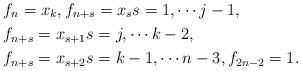
LaTeX: \begin{align*} &\, f_n=x_k,f_{n+s}=x_{s} s=1,\cdots j-1,\\ &\,f_{n+s}=x_{s+1} s=j,\cdots k-2,\\ &\,f_{n+s}=x_{s+2} s=k-1,\cdots n-3, f_{2n-2}=1.\\\end{align*}